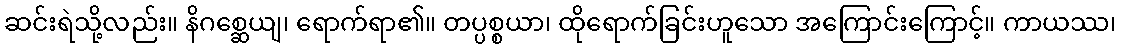
ဆင်းရဲသို့လည်း။ နိဂစ္ဆေယျ၊ ရောက်ရာ၏။ တပ္ပစ္စယာ၊ ထိုရောက်ခြင်းဟူသော အကြောင်းကြောင့်။ ကာယဿ၊